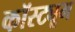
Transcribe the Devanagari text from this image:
कॉस्‍ट्यूम